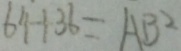
6 4 + 3 6 = A B ^ { 2 }